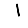
Digit: 1